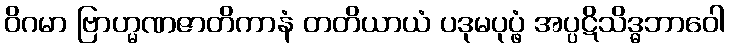
ဝိဂမာ ဗြာဟ္မဏဇာတိကာနံ တတိယာယံ ပဒုမပုပ္ဖံ အပ္ပဋိသိဒ္ဓဘာဝေါ